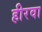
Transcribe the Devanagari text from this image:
हीरवा